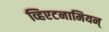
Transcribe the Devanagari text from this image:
व्हिएटनामियन्